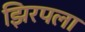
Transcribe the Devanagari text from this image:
झिरपला